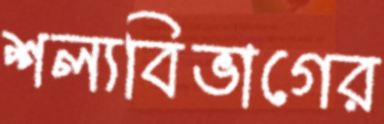
শল্যবিভাগের